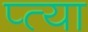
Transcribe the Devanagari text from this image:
प्त्या